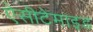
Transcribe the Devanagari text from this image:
ऐसीटेमाइड